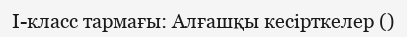
І-класс тармағы: Алғашқы кесірткелер ()